Vaccination in Bombay 1902-1912 - 1902-1912
Year: 1902
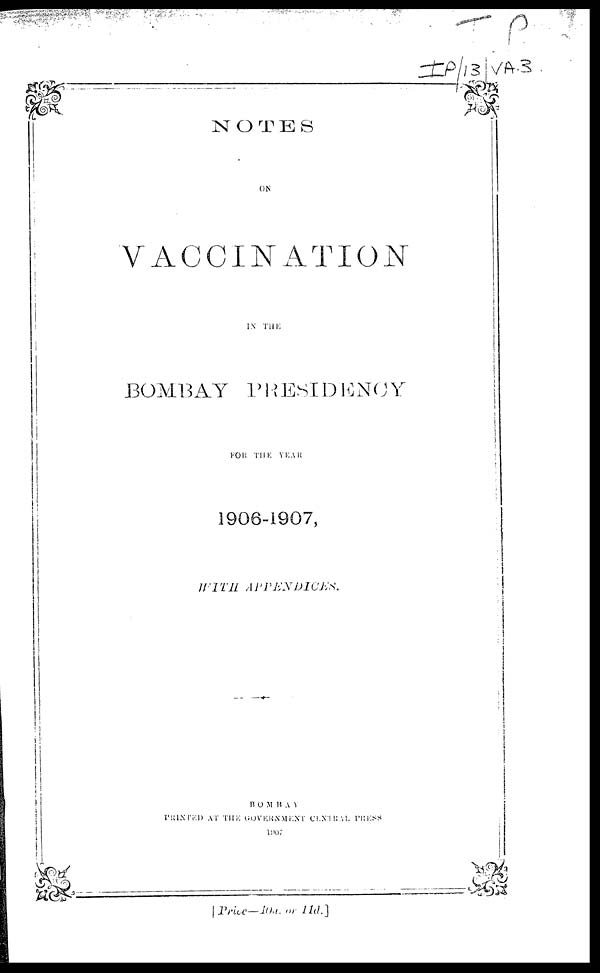
NOTES
ON
VACCINATION
IN THE
BOMBAY PRESIDENCY
FOR THE YEAR
1906-1907,
WITH
APPENDICES.
BOMBAY
PRINTED AT THE GOVERNMENT CENTRAL PRESS
1907
[Price—10a. or 11d.]